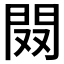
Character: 𨳦